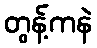
တွန့်ကနဲ